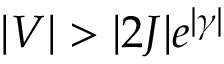
| V | > | 2 J | e ^ { | \gamma | }